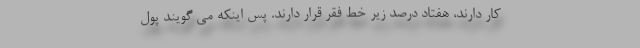
کار دارند، هفتاد درصد زیر خط فقر قرار دارند. پس اینکه می گویند پول